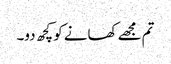
تم مجھے کھانے کو کچھ دو۔